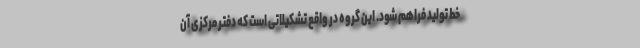
خط تولید فراهم شود. این گروه در واقع تشکیلاتی است که دفتر مرکزی آن